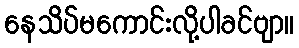
နေသိပ်မကောင်းလို့ပါခင်ဗျာ။